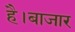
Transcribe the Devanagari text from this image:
है।बाजार